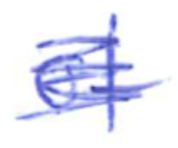
Text: of
Cross-out: scratch
Writing tool: ballpoint